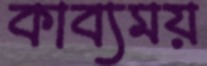
কাব্যময়